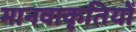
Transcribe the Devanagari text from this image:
मानवाकृतियों